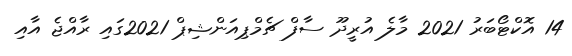
14 އޮކްޓޯބަރު 2021 މާލެ އުރީދޫ ސާފް ޗެމްޕިއަންޝިޕް 2021ގައި ރާއްޖެ އާއި